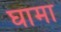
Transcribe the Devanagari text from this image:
घामा